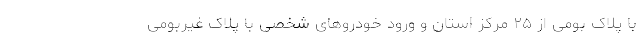
با پلاک بومی از ۲۵ مرکز استان و ورود خودروهای شخصی با پلاک غیربومی